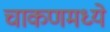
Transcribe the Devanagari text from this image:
चाकणमध्ये